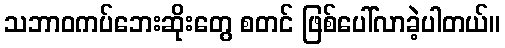
သဘာဝကပ်ဘေးဆိုးတွေ စတင် ဖြစ်ပေါ်လာခဲ့ပါတယ်။